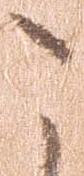
こ